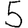
Digit: 5